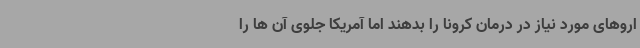
اروهای مورد نیاز در درمان کرونا را بدهند اما آمریکا جلوی آن ها را